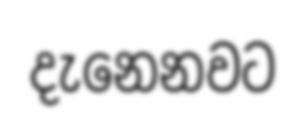
දැනෙනවට